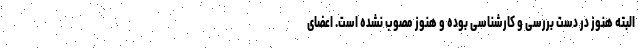
البته هنوز در دست بررسی و کارشناسی بوده و هنوز مصوب نشده است. اعضای